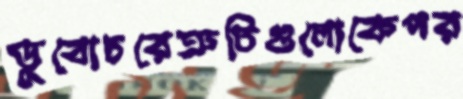
ডুবোচরেত্রুটিগুলোকেপর